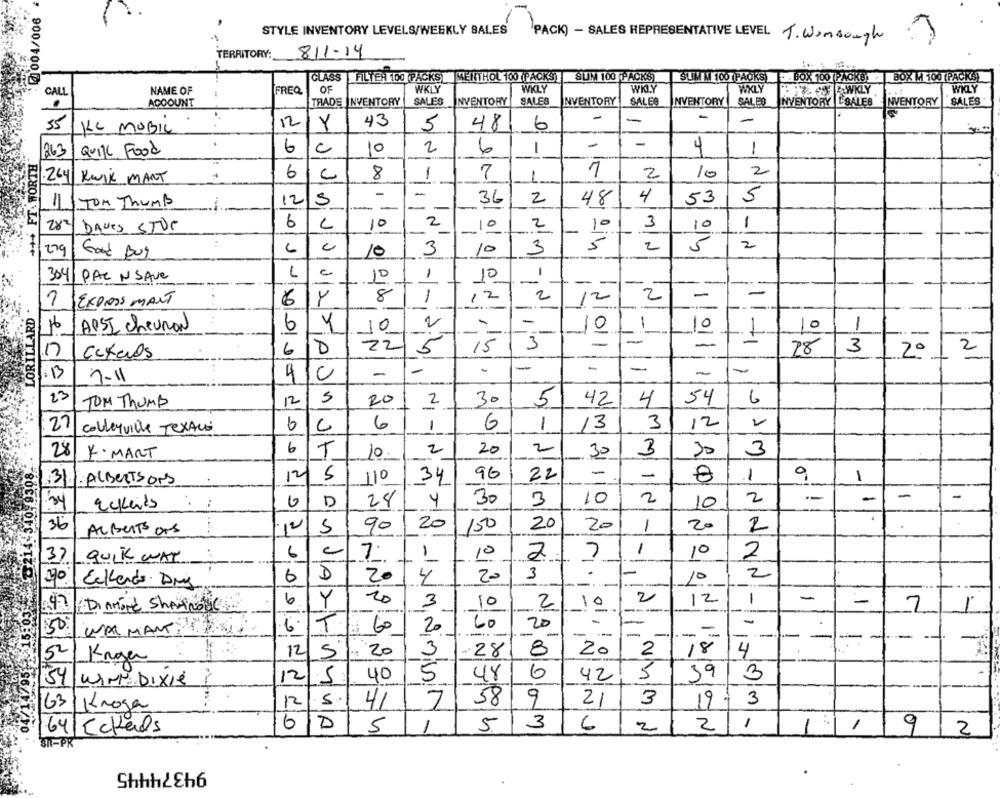
@004/006
STYLE INVENTORY LEVELS/WEEKLY SALES
PACK) - SALES REPRESENTATIVE LEVEL T. Winsough
TERRITORY: 811-14
..
CLASS |FILTER 100 (PACKS ] MENTHOL 100 (PACKS ]
SUM 100 PACKS)
SUN M 100 PACKS). BOX 100 PACKB)A BOX M 100 (PACKS)
OF
WKLY
WKLY
WKLY
WKLY
WKLY
CALL
NAME OF
FREQ
ACCOUNT
TRADE INVENTORY
SALES
INVENTORY
SALES
INVENTORY
SALES
INVENTORY
SALES INVENTORY L'SALES
INVENTORY
SALES
-
-
-
35
12
Y
43
5
48
6
KL MOBIL
-
-
4
Quill Food
6
c
10
2
6
1
1
+++ FT. WORTH
263
6
8
1
7
1
7
2
10
2
.264 KWik MART
-
-
2
4
53
5
11 TOM Thumb
12
-
1-
36
48
-
6
2
3
1
28
DAVES STDE
10
10
2
10
3
5
3
2
279
Good Bug
6
10
3
10
304
PAC N SAVe
10
1º
-
-
-
-
12
12
2
-
-
EXPRESS MANT
6
Y
8
1
2
LORILLARD
-
-
-
2/16
APSI chevron
6
Y
D
-
0
1
10
1
2
-
10
-
-
6
0
IN
15
3
-
28
3
2
Catads
-
12º
-
1B
4/0
-
-
-
-
-
7-11
23
30
4
6
TOM Thumb
12
20
2
5
42
54
12
2
27
colleyville TexAus
6
1
6
1
13
3
28
F. MART
6
T
10.
2
20
2
30
3
30
3
-
12/
5
110
34
96
22
-
8
1
31 ALBERTSONS
34
D
28
4
30
3
10
2
2
-
-
-
Eckenis
10
36
12
90
20
150
20
20
1
2
ARBEITS Ors
5
20
1
37
QUIK WAT
6
7.
1
10
7
10
2
A
+
2
6
20
4
20
3
10
Eckerts. Dmg
2
1
-
-
6
Y
3
10
2
10
----
12
..
-
-
50
WAL MANTITAS
6
T
60
20
60
20
-
-
--
-
-
-
-
----
12
5
20
3
-28
8
20
2
4
5
Krogen
12
40
5
48
6
42
5
39
3
54 WIN DIXIE?
63
12
41
7
58
9
21
3
197
3
1 Kroga
6
D
5
1
3
2
1
9
64 Eckals
5
1
6
2
1
2
ST-PR
94374445
.